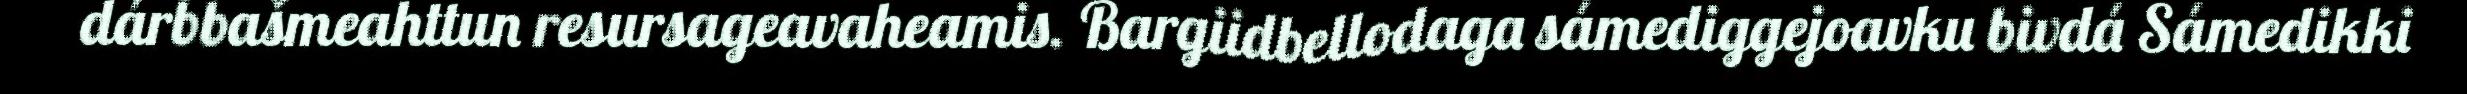
dárbbašmeahttun resursageavaheamis. Bargiidbellodaga sámediggejoavku bivdá Sámedikki